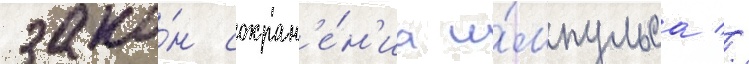
зако́н сохран'е́н'иа и́мпульса //